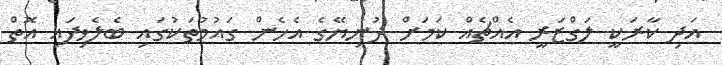
އަދި ކާރަކީ ލަގްޒަރީ އެއްޗެއް ކަމަށް ދުނިޔޭގެ އެހެން ގައުމުތަކުގައި ބެލެވިފައި އޮތް